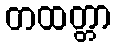
တထတ္တာ